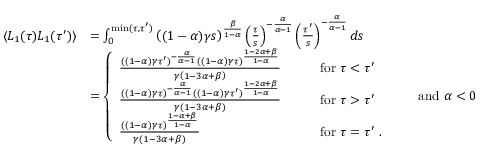
\begin{array} { r l } { \langle L _ { 1 } ( \tau ) L _ { 1 } ( \tau ^ { \prime } ) \rangle } & { = \int _ { 0 } ^ { \mathrm { m i n } ( \tau , \tau ^ { \prime } ) } \left( ( 1 - \alpha ) \gamma s \right) ^ { \frac { \beta } { 1 - \alpha } } \left( \frac { \tau } { s } \right) ^ { - \frac { \alpha } { \alpha - 1 } } \left( \frac { \tau ^ { \prime } } { s } \right) ^ { - \frac { \alpha } { \alpha - 1 } } d s } \\ & { = \left\{ \begin{array} { l l } { \frac { ( ( 1 - \alpha ) \gamma \tau ^ { \prime } ) ^ { - \frac { \alpha } { \alpha - 1 } } ( ( 1 - \alpha ) \gamma \tau ) ^ { \frac { 1 - 2 \alpha + \beta } { 1 - \alpha } } } { \gamma \left( 1 - 3 \alpha + \beta \right) } } & { \qquad \mathrm { f o r } \ \tau < \tau ^ { \prime } } \\ { \frac { ( ( 1 - \alpha ) \gamma \tau ) ^ { - \frac { \alpha } { \alpha - 1 } } ( ( 1 - \alpha ) \gamma \tau ^ { \prime } ) ^ { \frac { 1 - 2 \alpha + \beta } { 1 - \alpha } } } { \gamma \left( 1 - 3 \alpha + \beta \right) } } & { \qquad \mathrm { f o r } \ \tau > \tau ^ { \prime } } \\ { \frac { ( ( 1 - \alpha ) \gamma \tau ) ^ { \frac { 1 - \alpha + \beta } { 1 - \alpha } } } { \gamma \left( 1 - 3 \alpha + \beta \right) } } & { \qquad \mathrm { f o r } \ \tau = \tau ^ { \prime } \ . } \end{array} \right. \qquad \mathrm { a n d } \ \alpha < 0 } \end{array}